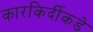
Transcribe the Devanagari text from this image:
कारकिर्दीकडे